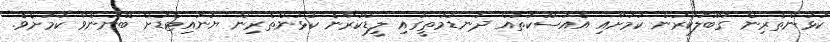
ކުޅުންތެރިން ގަބޫލުކުރުން ކަމަށާއި އެއުސޫކުތައް ދަނޑުމަތީގައި ލީޑްކުރާނެ ކުޅުންތެރިން ޔުނައިޓެޑަށް ބޭނުންވާ ކަމަށެވެ.